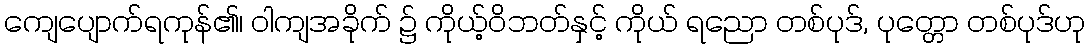
ကျေပျောက်ရကုန်၏၊ ဝါကျအခိုက် ၌ ကိုယ့်ဝိဘတ်နှင့် ကိုယ် ရညော တစ်ပုဒ်, ပုတ္တော တစ်ပုဒ်ဟု